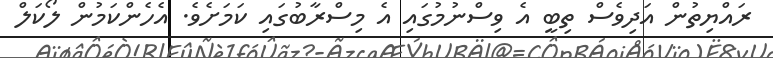
ރައްޔިތުން އަދިވެސް ތިބީ އެ ވިސްނުމުގައި އެ މިސްރާބުގައި ކަމަށެވެ. އެހެންކަމުން ލޯކަލް